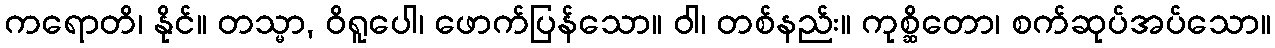
ကရောတိ၊ နိုင်။ တသ္မာ, ဝိရူပေါ၊ ဖောက်ပြန်သော။ ဝါ၊ တစ်နည်း။ ကုစ္ဆိတော၊ စက်ဆုပ်အပ်သော။